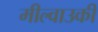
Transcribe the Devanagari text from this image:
मील्वाउकी